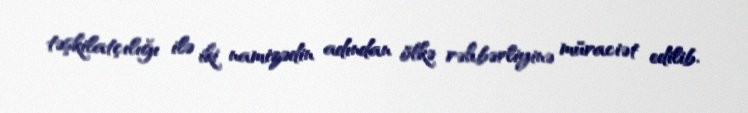
təşkilatçılığı ilə iki namizədin adından ölkə rəhbərliyinə müraciət edilib.